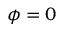
\phi = 0